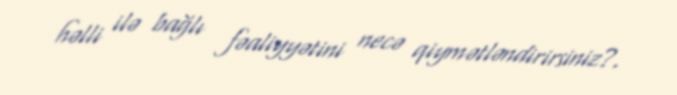
həlli ilə bağlı fəaliyyətini necə qiymətləndirirsiniz?.